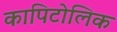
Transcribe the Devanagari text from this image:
कापिटोलिक